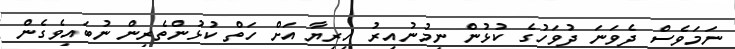
ނަމަވެސް ދެވަނަ ދުވަހުގެ ކުޅުން ނިމުނުއިރު ހިރިޔާ އަށް ހަތް ކުޅުންތެރިން ނުބައިވެގެން